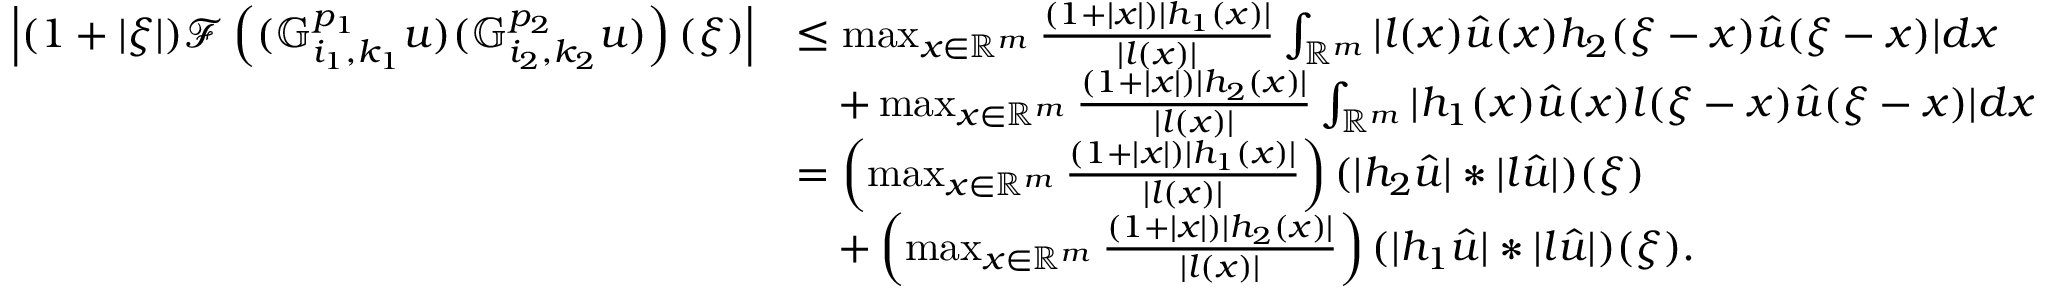
\begin{array} { r l } { \left| ( 1 + | \xi | ) \mathcal { F } \left( ( \mathbb { G } _ { i _ { 1 } , k _ { 1 } } ^ { p _ { 1 } } u ) ( \mathbb { G } _ { i _ { 2 } , k _ { 2 } } ^ { p _ { 2 } } u ) \right) ( \xi ) \right| } & { \leq \operatorname* { m a x } _ { x \in \mathbb { R } ^ { m } } \frac { ( 1 + | x | ) | h _ { 1 } ( x ) | } { | l ( x ) | } \int _ { \mathbb { R } ^ { m } } | l ( x ) \hat { u } ( x ) h _ { 2 } ( \xi - x ) \hat { u } ( \xi - x ) | d x } \\ & { \quad + \operatorname* { m a x } _ { x \in \mathbb { R } ^ { m } } \frac { ( 1 + | x | ) | h _ { 2 } ( x ) | } { | l ( x ) | } \int _ { \mathbb { R } ^ { m } } | h _ { 1 } ( x ) \hat { u } ( x ) l ( \xi - x ) \hat { u } ( \xi - x ) | d x } \\ & { = \left( \operatorname* { m a x } _ { x \in \mathbb { R } ^ { m } } \frac { ( 1 + | x | ) | h _ { 1 } ( x ) | } { | l ( x ) | } \right) ( | h _ { 2 } \hat { u } | * | l \hat { u } | ) ( \xi ) } \\ & { \quad + \left( \operatorname* { m a x } _ { x \in \mathbb { R } ^ { m } } \frac { ( 1 + | x | ) | h _ { 2 } ( x ) | } { | l ( x ) | } \right) ( | h _ { 1 } \hat { u } | * | l \hat { u } | ) ( \xi ) . } \end{array}